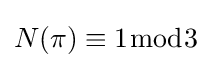
N(\pi )\equiv 1{\bmod {3}}